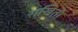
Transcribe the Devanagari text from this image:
राखितो